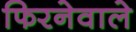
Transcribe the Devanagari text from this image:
फिरनेवाले